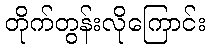
တိုက်တွန်းလိုကြောင်း